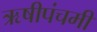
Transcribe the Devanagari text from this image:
ऋषीपंचमी